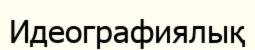
Идеографиялық